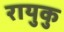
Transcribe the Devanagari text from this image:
रायुकु